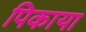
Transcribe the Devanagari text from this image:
पिकाया